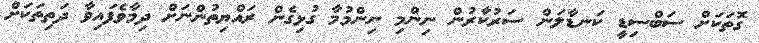
ގޮތަކަށް ސަބްސިޑީ ކަނޑާލަން ސަރުކާރުން ނިންމި ނިންމުމާ ގުޅިގެން ރައްޔިތުންނަށް ދިމާވެފައިވާ ދަތިތަކަށް